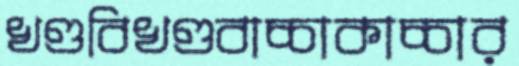
খণ্ডবিখণ্ডবাচ্চাকাচ্চার